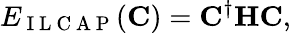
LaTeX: E_{\mathrm{~I~L~C~A~P~}}(\mathbf{C})=\mathbf{C}^{\dagger}\mathbf{H}\mathbf{C},